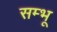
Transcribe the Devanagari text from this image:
सम्भू